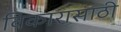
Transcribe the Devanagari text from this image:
विकारासाठी